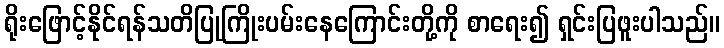
ရိုးဖြောင့်နိုင်ရန်သတိပြုကြိုးပမ်းနေကြောင်းတို့ကို စာရေး၍ ရှင်းပြဖူးပါသည်။